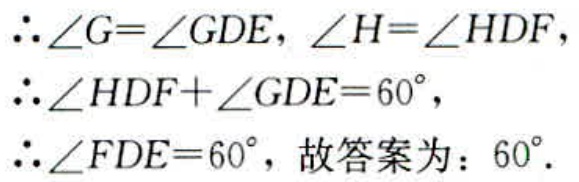
\(\therefore\angle G=\angle GDE,\ \angle H = \angle HDF,\\
\therefore\angle HDF+\angle GDE = 60^{\circ},\\
\therefore\angle FDE = 60^{\circ},\ 故答案为：60^{\circ}.\)